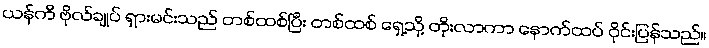
ယန်ကီ ဗိုလ်ချုပ် ရှားမင်းသည် တစ်ထစ်ပြီး တစ်ထစ် ရှေ့သို့ တိုးလာကာ နောက်ထပ် ဝိုင်းပြန်သည်။